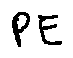
P E